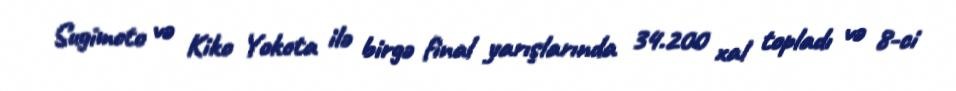
Sugimoto və Kiko Yokota ilə birgə final yarışlarında 34.200 xal topladı və 8-ci